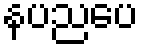
နပညပေ